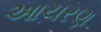
આચરણ